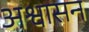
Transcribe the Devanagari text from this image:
अश्वासन